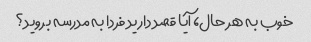
خوب به هر حال، آیا قصد دارید فردا به مدرسه بروید؟